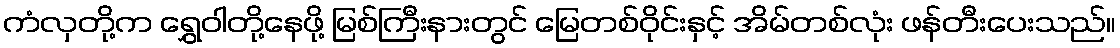
ကံလှတို့က ရွှေဝါတို့နေဖို့ မြစ်ကြီးနားတွင် မြေတစ်ဝိုင်းနှင့် အိမ်တစ်လုံး ဖန်တီးပေးသည်။